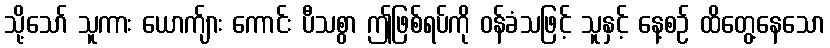
သို့သော် သူကား ယောက်ျား ကောင်း ပီသစွာ ဤဖြစ်ရပ်ကို ဝန်ခံသဖြင့် သူနှင့် နေ့စဉ် ထိတွေ့နေသော